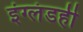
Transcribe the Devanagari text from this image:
इंग्लंडही